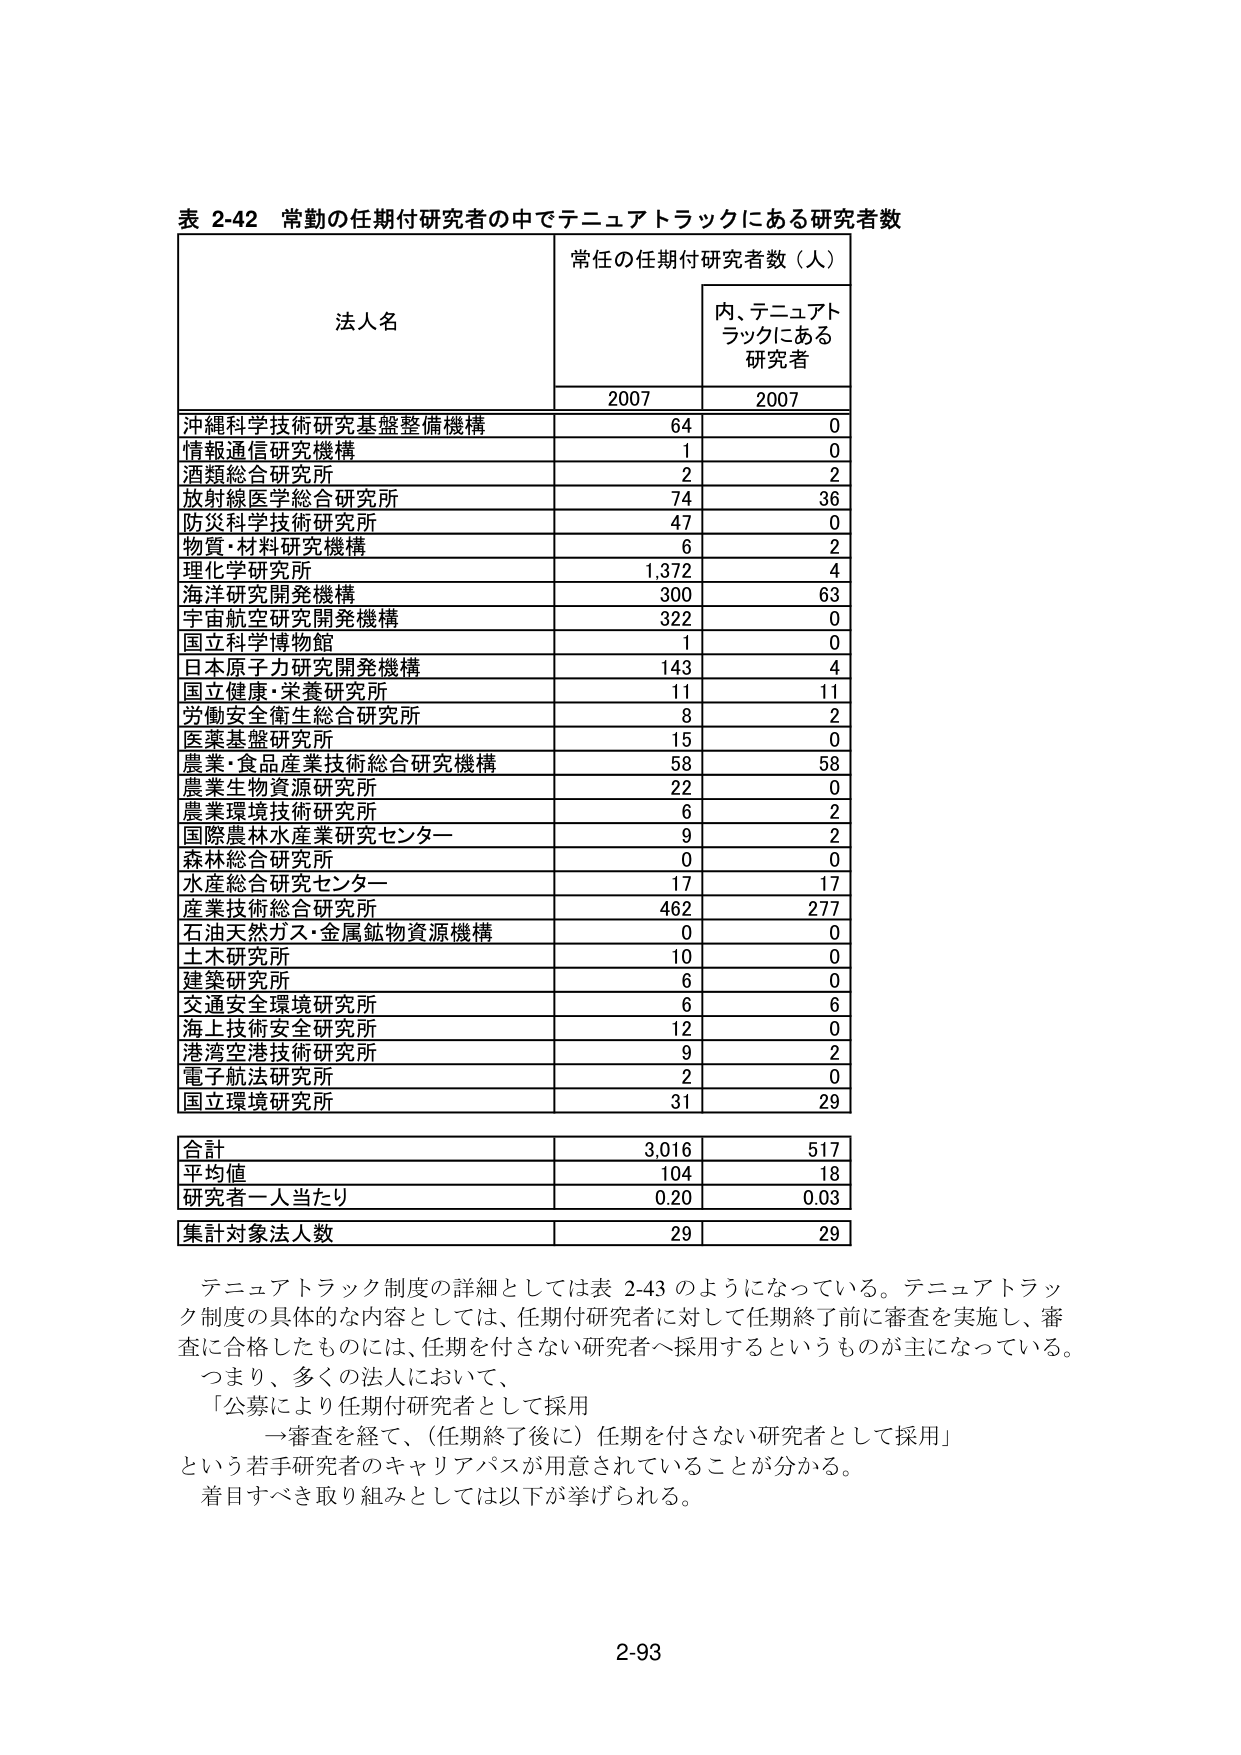
表 2-42 常勤の任期付研究者の中でテニュアトラックにある研究者数

法人名 常任の任期付研究者数（人） 内、テニュアトラックにある研究者
2007 2007

沖縄科学技術研究基盤整備機構 64 0
情報通信研究機構 1 0
酒類総合研究所 2 2
放射線医学総合研究所 74 36
防災科学技術研究所 47 0
物質・材料研究機構 6 2
理化学研究所 1,372 4
海洋研究開発機構 300 63
宇宙航空研究開発機構 322 0
国立科学博物館 1 0
日本原子力研究開発機構 143 4
国立健康・栄養研究所 11 11
労働安全衛生総合研究所 8 2
医薬基盤研究所 15 0
農業・食品産業技術総合研究機構 58 58
農業生物資源研究所 22 0
農業環境技術研究所 6 2
国際農林水産業研究センター 9 2
森林総合研究所 0 0
水産総合研究センター 17 17
産業技術総合研究所 462 277
石油天然ガス・金属鉱物資源機構 0 0
土木研究所 10 0
建築研究所 6 0
交通安全環境研究所 6 6
海上技術安全研究所 12 0
港湾空港技術研究所 9 2
電子航法研究所 2 0
国立環境研究所 31 29

合計 3,016 517
平均値 104 18
研究者一人当たり 0.20 0.03
集計対象法人数 29 29

テニュアトラック制度の詳細としては表 2-43 のようになっている。テニュアトラック制度の具体的な内容としては、任期付研究者に対して任期終了前に審査を実施し、審査に合格したものには、任期を付さない研究者へ採用するというものが主になっている。つまり、多くの法人において、
「公募により任期付研究者として採用
→審査を経て、（任期終了後に）任期を付さない研究者として採用」
という若手研究者のキャリアパスが用意されていることが分かる。
着目すべき取り組みとしては以下が挙げられる。

2-93